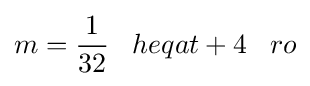
m={\frac {1}{32}}\;\;\;heqat+4\;\;\;ro